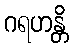
ဂရဟန္တိ